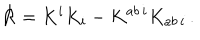
LaTeX: { \cal R } = K ^ { i } K _ { i } - K ^ { a b \, i } K _ { a b \, i } \, .